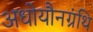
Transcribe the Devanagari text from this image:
अधोयौनग्रंथि